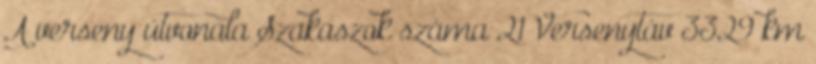
A verseny útvonala Szakaszok száma 21 Versenytáv 3329 km